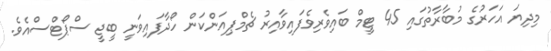
މިދިޔަ އަހަރުގެ މުބާރާތުގައި 45 ޓީމް ބައިވެރިވެފައިވާއިރު ޗެމްޕިއަންކަން ހޯދާފައިވަނީ ބީޖީ ސްޕޯޓްސްއެވެ.